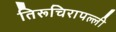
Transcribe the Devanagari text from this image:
तिरूचिरापल्‍ली